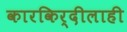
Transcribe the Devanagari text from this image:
कारकिर्दीलाही